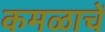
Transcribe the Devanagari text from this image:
कमळाचें